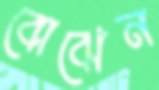
বোঝেন